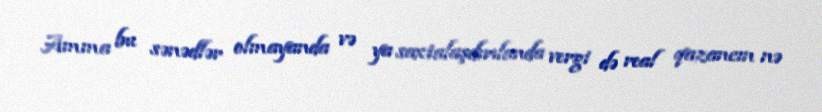
Amma bu sənədlər olmayanda və ya saxtalaşdırılanda vergi də real qazancın nə